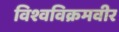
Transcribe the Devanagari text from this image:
विश्वविक्रमवीर